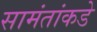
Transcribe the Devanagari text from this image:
सामंतांकडे